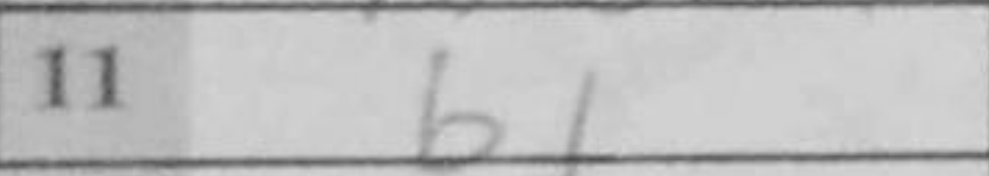
Transcription: b1